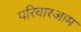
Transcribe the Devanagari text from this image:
परिवारआम